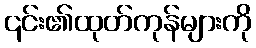
၎င်း၏ထုတ်ကုန်များကို